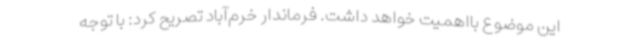
این موضوع بااهمیت خواهد داشت. فرماندار خرم‌آباد تصریح کرد: با توجه